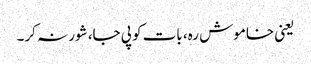
یعنی خاموش رہ، بات کو پی جا، شور نہ کر۔